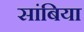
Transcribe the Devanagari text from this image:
सांबिया